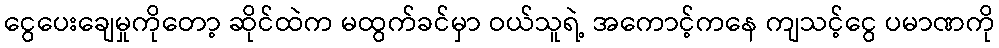
ငွေပေးချေမှုကိုတော့ ဆိုင်ထဲက မထွက်ခင်မှာ ဝယ်သူရဲ့ အကောင့်ကနေ ကျသင့်ငွေ ပမာဏကို